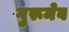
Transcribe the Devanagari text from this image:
गुरूमेव